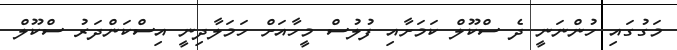
މަގުގައި ހުންނަނީ ދެ ސްކޫލް ކަމަށާއި ފުލުސް މީހާއަށް ހަމަލާދިނީ އިސްކަންދަރު ސްކޫލް